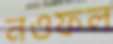
নওফল